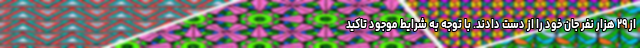
از ۲۹ هزار نفر جان خود را از دست دادند. با توجه به شرایط موجود تاکید